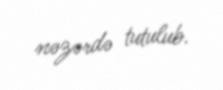
nəzərdə tutulub.